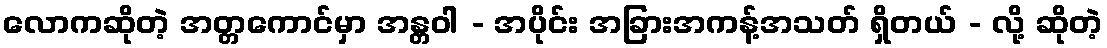
လောကဆိုတဲ့ အတ္တကောင်မှာ အန္တဝါ - အပိုင်း အခြားအကန့်အသတ် ရှိတယ် - လို့ ဆိုတဲ့